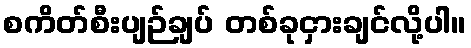
စကိတ်စီးပျဉ်ချပ် တစ်ခုငှားချင်လို့ပါ။